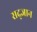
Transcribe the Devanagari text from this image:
सद्ज्ञान